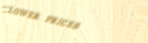
LOWER PRICES